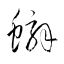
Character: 蠏